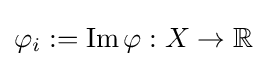
\varphi _{i}:=\operatorname {Im} \varphi :X\to \mathbb {R}